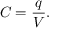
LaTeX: C = { \frac { q } { V } } .